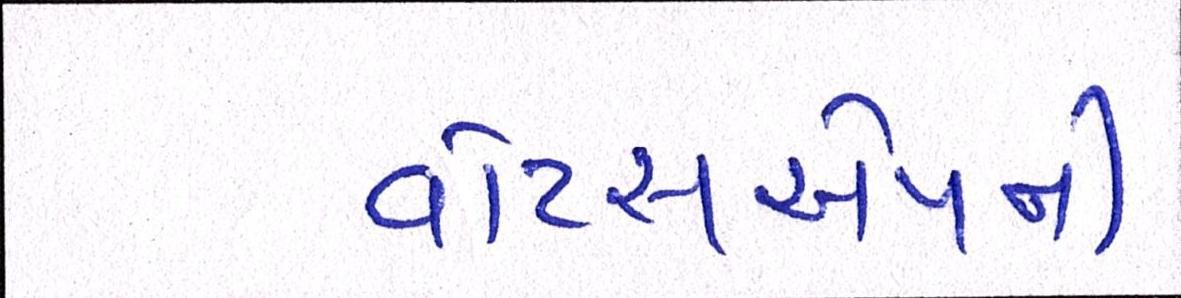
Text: વોટ્સએપની